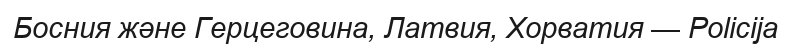
Босния және Герцеговина, Латвия, Хорватия — Policija